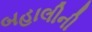
બહાલીની